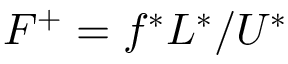
F ^ { + } = f ^ { * } L ^ { * } / U ^ { * }